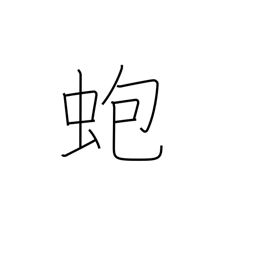
Meaning: abalone